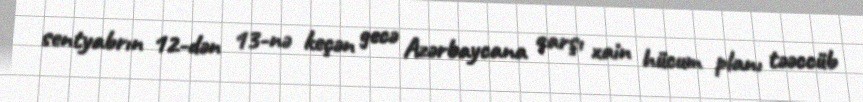
sentyabrın 12-dən 13-nə keçən gecə Azərbaycana qarşı xain hücum planı təəccüb